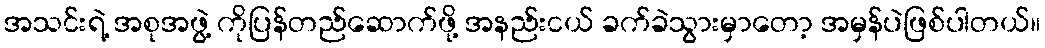
အသင်းရဲ့ အစုအဖွဲ့ ကိုပြန်တည်ဆောက်ဖို့ အနည်းငယ် ခက်ခဲသွားမှာတော့ အမှန်ပဲဖြစ်ပါတယ်။